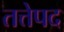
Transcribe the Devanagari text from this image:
तत्तेपद